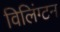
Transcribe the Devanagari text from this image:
विलिंग्टन